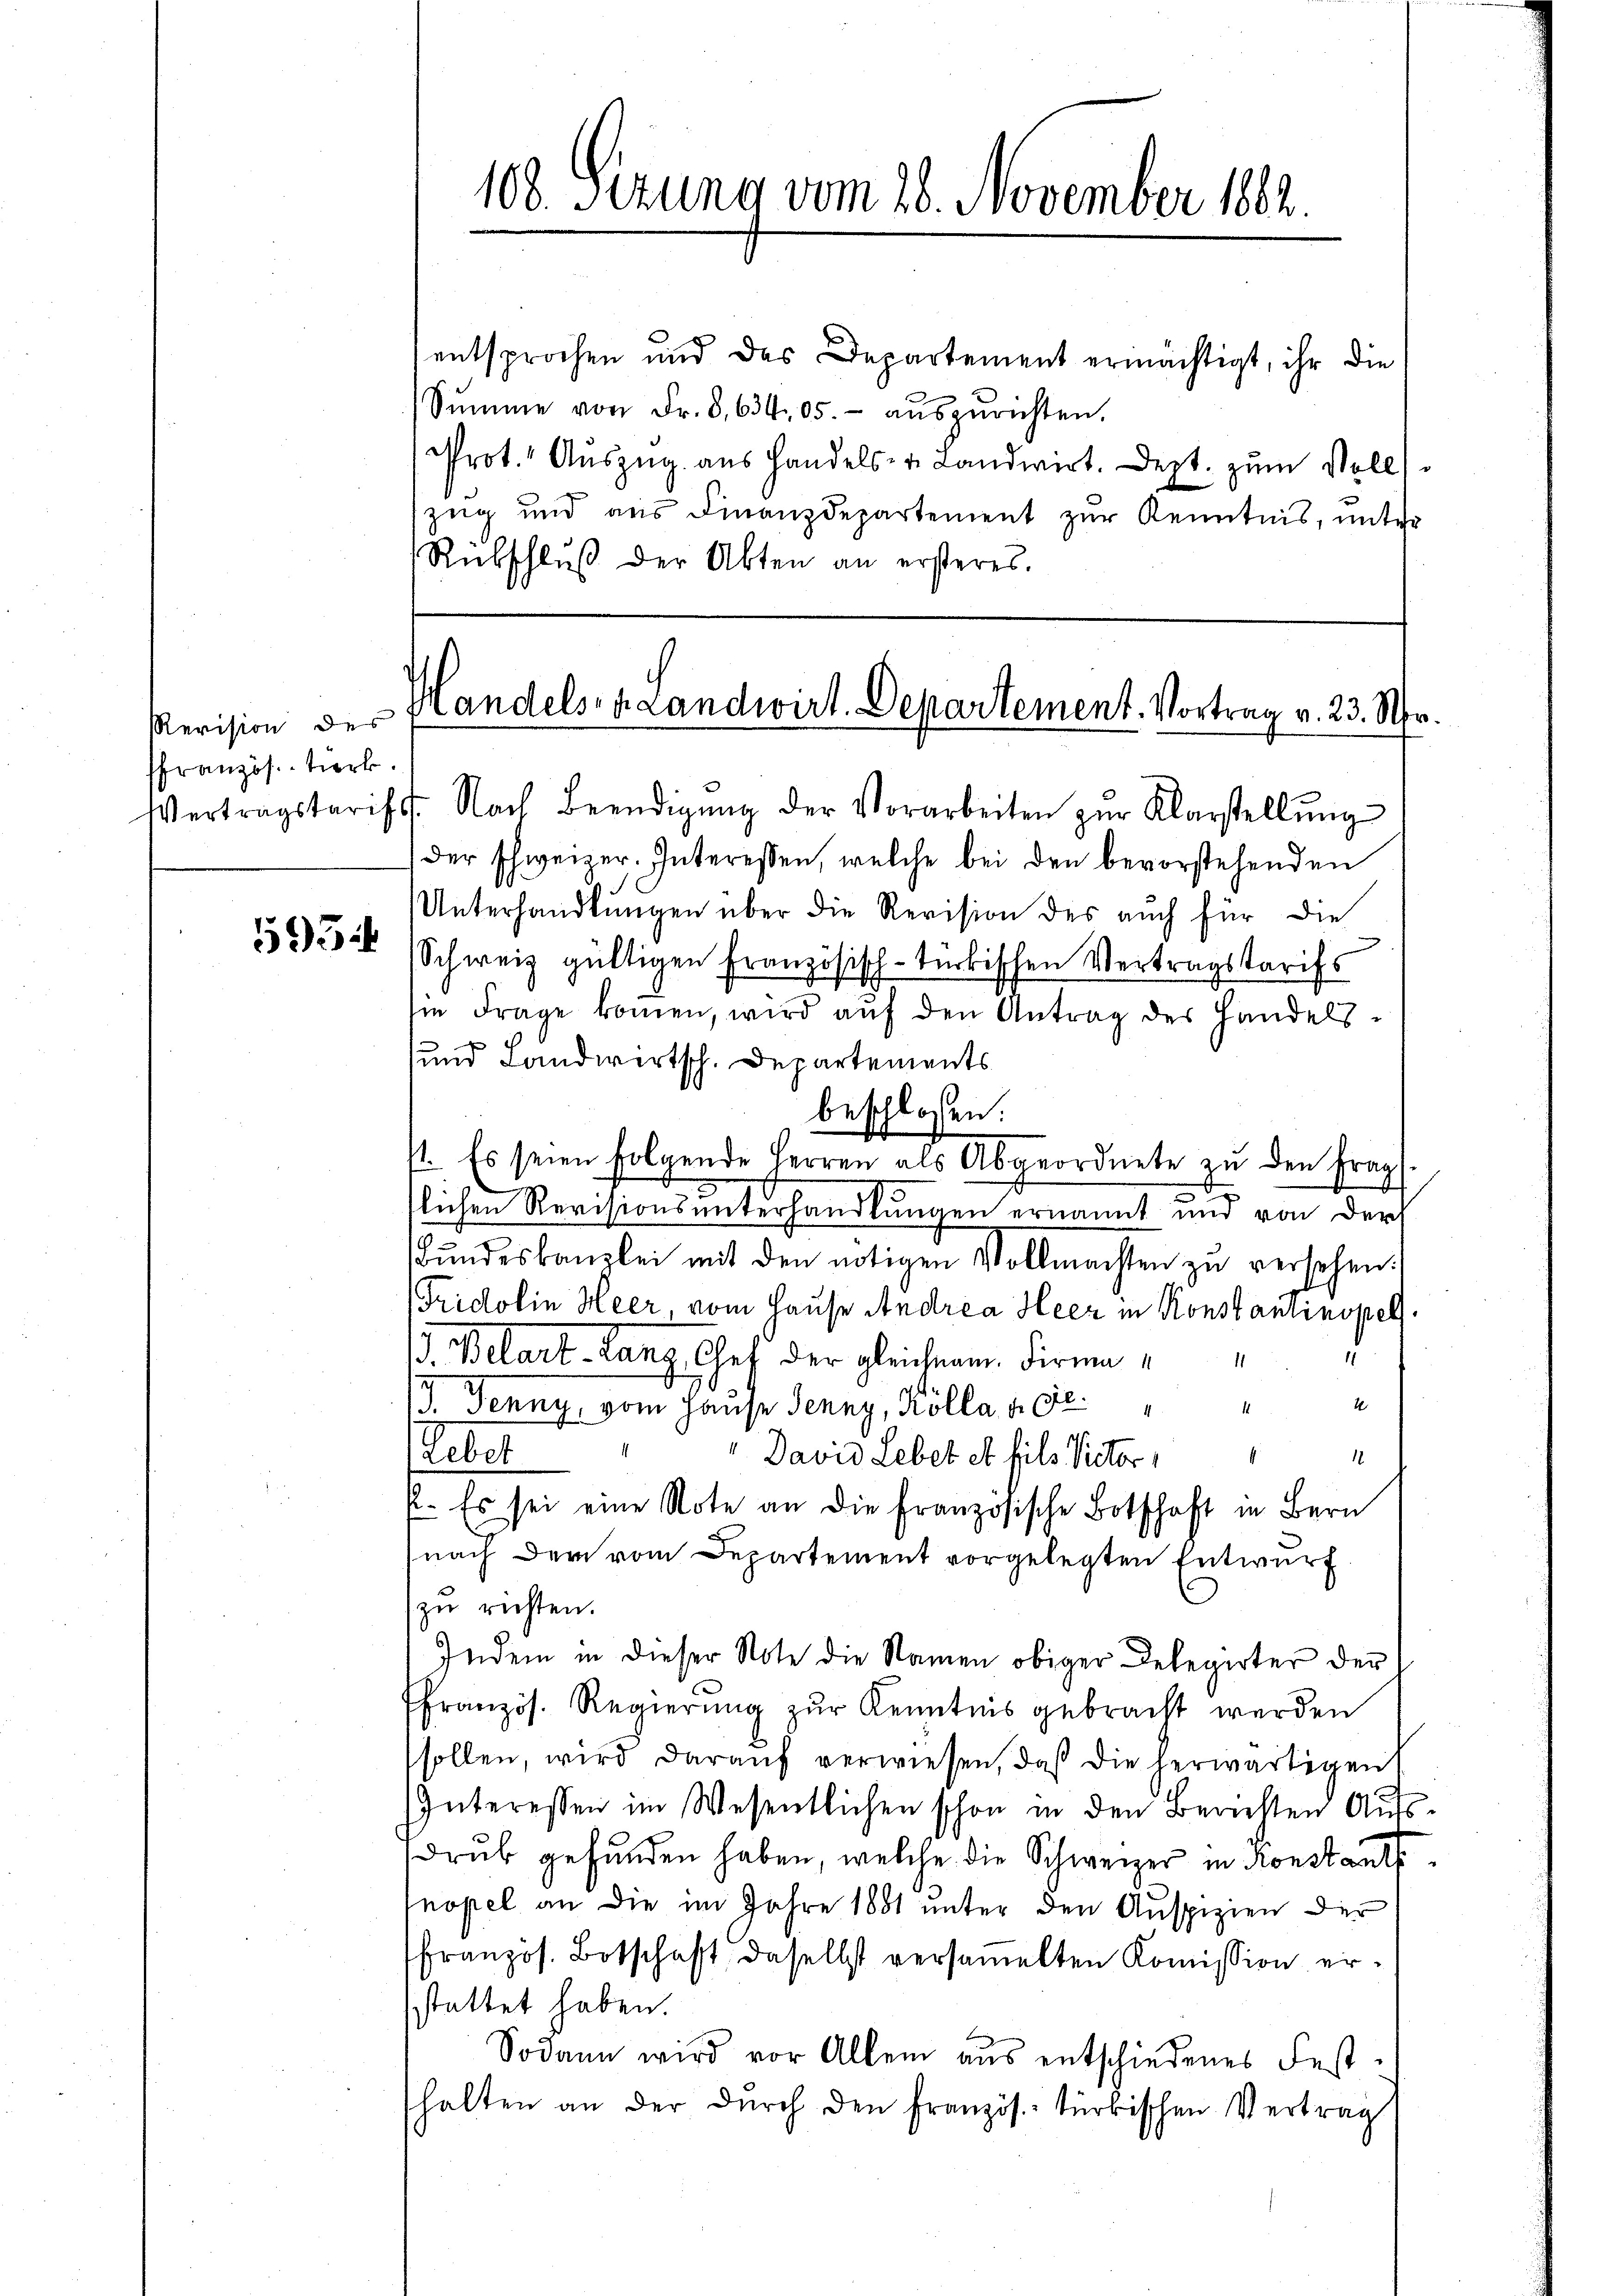
Revision des
ffranzös. tiert.

53

entsprochen und das Departement ermächtigt, ihr die
Sŭmme von Fr. 8. 634 05.- aŭszŭrichten.
Prot. Auszug aus Handels- u. Landwirt. Dezt. zum Voll
zug und aus Finanzdepartement zur Kenntnis, unter
Rübschlŭβ der Abten an ersteres.

108. Sizung vom 28. November 1882.

Vertragstarifs. Nach Beendigŭng der Vorarbeiten zŭr Klarstellŭng
der schweizer. Interessen, welche bei den bevorstehenden
Unterhandlŭngen über die Revision des auch für die
Schweiz gültigen Französisch-türkischen Vertragstarifs
sie Frage kommen, wird aŭf den Antrag des Handels¬
und Landwirtsch. Departements
beschlossen:
1. Es seien folgende Herren als Abgeordnete zŭ den Frag
flichen Revisionsunterhandlungen ernannt und von der
Bŭndeskanzlei mit den nötigen Vollmachten zŭ versehen.
Fridolin Heer vom Hause Andrea Heer in Konstantinopel
.
1. Belart-Lanz, Chef der gleichnam Firma
J. Fenny, vom Hause Jenny, Kölla, d. Ge
Lebe
David Lebet et fils Victor, " "
2. Es sei eine Note an die Französische Botschaft in Bern
nach dem vom Departement vorgelegten Entwurf.
zu richten.
Indem in dieser Note die Namen obiger Delegirter der
französ. Regierung zur Kenntnis gebracht werden
sollen, wird darauf verwiesen, daß die herwärtigen
Interessen im Wesentlichen schon in den Berichten Aufsdrub gefunden haben, welche die Schweizer in Konstantsnopel an die im Jahre 1881 unter den Auspizien der
französ. Botschaft, daselbst versaṁelten Kommission erstattet haben.
Sodann wird vor Allem aus entschiedenes Fest-
halten an der dŭrch den französ. türkischen Vertrag

Handels- u. Landwirt. Departement. Vortrag v. 23. Sr.